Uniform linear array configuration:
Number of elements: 64
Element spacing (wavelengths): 0.25
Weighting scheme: binomial
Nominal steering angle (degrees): -30
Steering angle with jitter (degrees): -31.518
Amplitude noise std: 0.05
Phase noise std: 0.05

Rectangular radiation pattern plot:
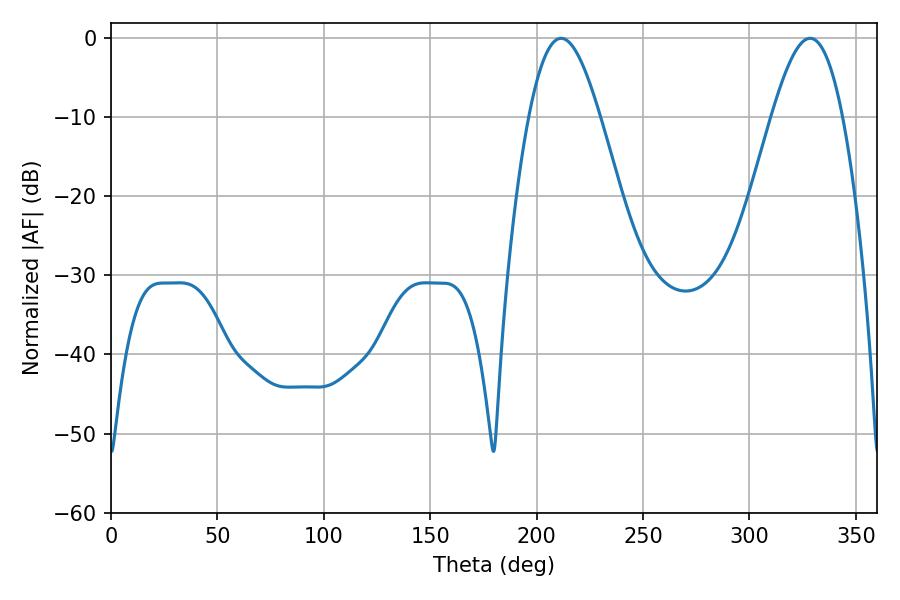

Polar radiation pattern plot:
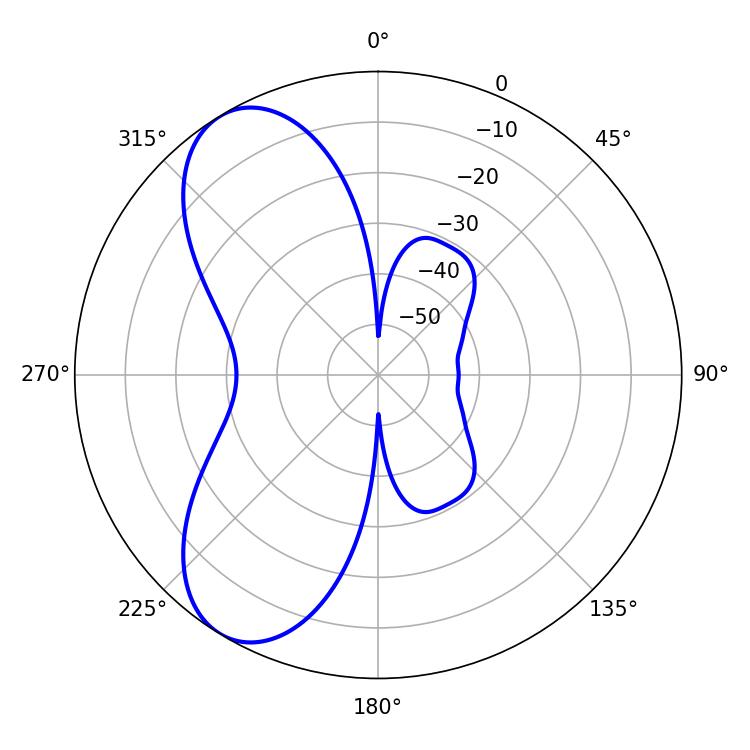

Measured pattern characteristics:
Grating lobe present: FALSE
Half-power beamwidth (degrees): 17.82
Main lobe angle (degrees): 328.5